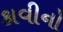
કાવીનો